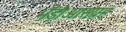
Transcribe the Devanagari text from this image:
भँड़ौआसंग्रह